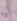
أوه